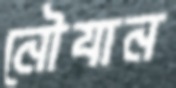
নৌযান